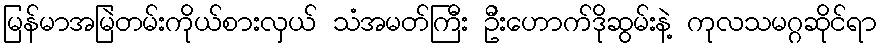
မြန်မာအမြဲတမ်းကိုယ်စားလှယ် သံအမတ်ကြီး ဦးဟောက်ဒိုဆွမ်းနဲ့ ကုလသမဂ္ဂဆိုင်ရာ